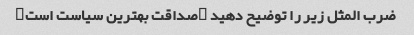
ضرب المثل زیر را توضیح دهید "صداقت بهترین سیاست است"